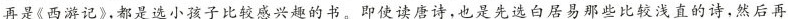
再是《西游记》,都是选小孩子比较感兴趣的书。即使读唐诗,也是先选白居易那些比较浅直的诗,然后再